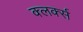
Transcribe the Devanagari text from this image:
क्लर्क्स